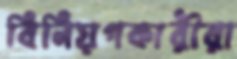
বিনিয়গকারীরা